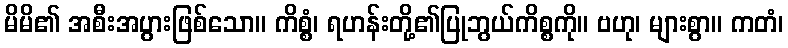
မိမိ၏ အစီးအပွားဖြစ်သော။ ကိစ္စံ၊ ရဟန်းတို့၏ပြုဘွယ်ကိစ္စကို။ ဗဟု၊ များစွာ။ ကတံ၊